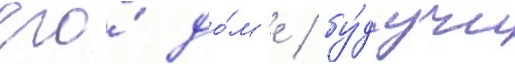
его́ до́м'е / бу́дучи